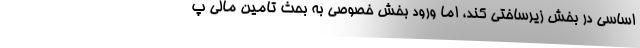
اساسی در بخش زیرساختی کند، اما ورود بخش خصوصی به بحث تامین مالی پ